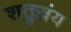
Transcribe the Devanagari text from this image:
शत्रुज्जंय